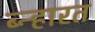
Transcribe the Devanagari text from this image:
ब्न्हारत